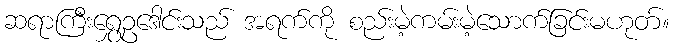
ဆရာကြီးရွှေဥဒေါင်းသည် အရက်ကို စည်းမဲ့ကမ်းမဲ့သောက်ခြင်းမဟုတ်။